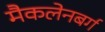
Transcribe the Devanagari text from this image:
मैकलेनबर्ग